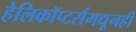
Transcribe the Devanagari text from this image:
हेलिकॉप्टर्समधूनही